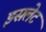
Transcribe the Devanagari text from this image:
इसलेट